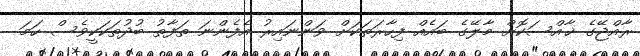
ރާއްޖޭގެ ޚާއްސަކޮށް މާލޭގެ ބައެއް ފިހާރަތަކަށް ވަންނައިރު އެފެންނަ ތަފާތު ބުދުތަކަކީވެސް ހަމަ